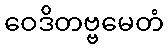
ဝေဒိတဗ္ဗမေတံ